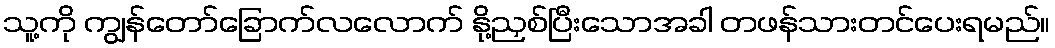
သူ့ကို ကျွန်တော်ခြောက်လလောက် နို့ညှစ်ပြီးသောအခါ တဖန်သားတင်ပေးရမည်။